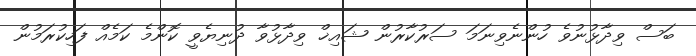
ބަސް ވިދާޅުނުވެ ހުންނެވިނަމަ ސަރުކާރުން ޝައިޚް ވިދާޅުވާ ދުނިޔެވީ ކޮންމެ ކަމެެއް ފަހިކުރަމުން